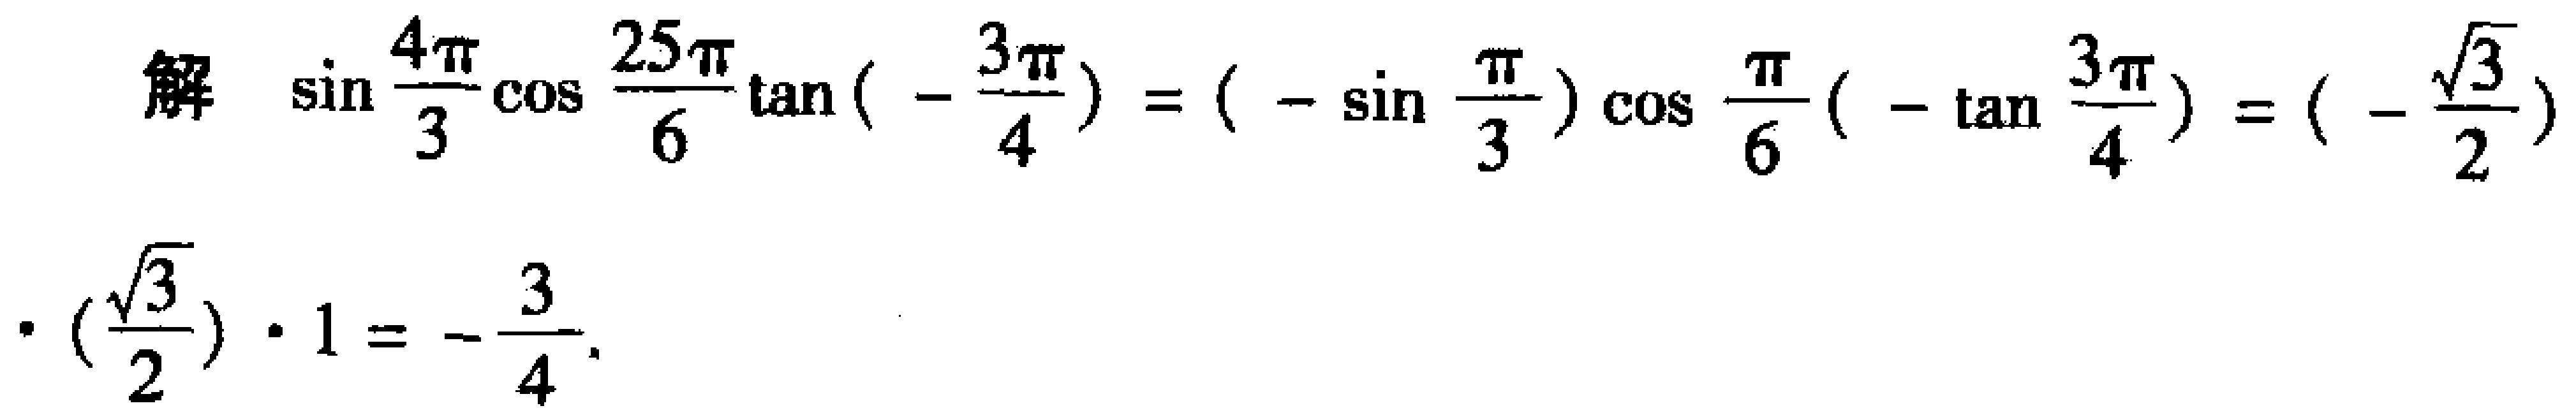
解 \(\sin\frac{4\pi}{3}\cos\frac{25\pi}{6}\tan(-\frac{3\pi}{4}) = (-\sin\frac{\pi}{3})\cos\frac{\pi}{6}(-\tan\frac{3\pi}{4}) = (-\frac{\sqrt{3}}{2})\cdot(\frac{\sqrt{3}}{2})\cdot1 = -\frac{3}{4}\)。